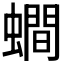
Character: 𧒄